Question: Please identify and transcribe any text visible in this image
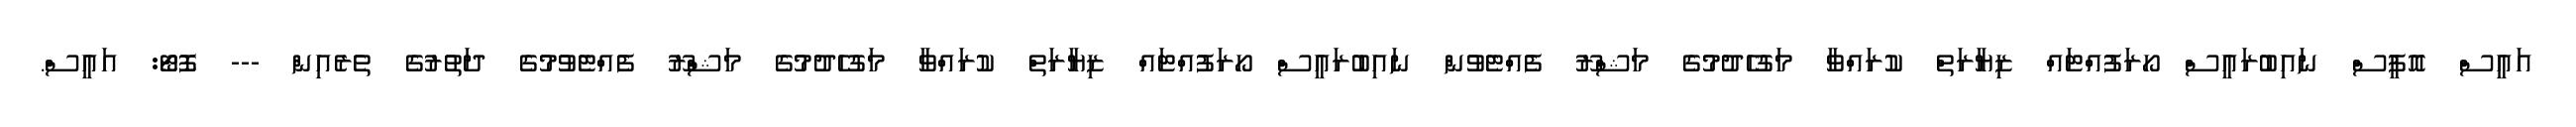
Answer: އައީސް އޮފީސް ނައިބުރައީސް ހޯރަފުއްޓައް ޒިޔާރަތް ކުރައްވާ މަގުހެދުމުގެ މަޝްރޫ ފެއްޓެވުން ނައިބުރައީސް ހޯރަފުއްޓައް ޒިޔާރަތް ކުރައްވާ މަގުހެދުމުގެ މަޝްރޫ ފެއްޓެވުމުގެ ދަތުރުގެ ތެރެއިން --- ފޮޓޯ: އައީސް.